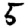
Digit: 5